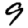
Digit: 9